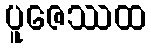
ပူဇေဿထ